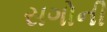
સગોની